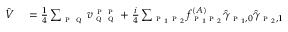
\begin{array} { r l } { \hat { V } } & { { } = \frac { 1 } { 4 } \sum _ { \textsc { p } \textsc { q } } v _ { \textsc { q } \textsc { q } } ^ { \textsc { p } \textsc { p } } + \frac { i } { 4 } \sum _ { \substack { \textsc { p } _ { 1 } \textsc { p } _ { 2 } } } f _ { \textsc { p } _ { 1 } \textsc { p } _ { 2 } } ^ { ( A ) } \hat { \gamma } _ { \textsc { p } _ { 1 } , 0 } \hat { \gamma } _ { \textsc { p } _ { 2 } , 1 } } \end{array}